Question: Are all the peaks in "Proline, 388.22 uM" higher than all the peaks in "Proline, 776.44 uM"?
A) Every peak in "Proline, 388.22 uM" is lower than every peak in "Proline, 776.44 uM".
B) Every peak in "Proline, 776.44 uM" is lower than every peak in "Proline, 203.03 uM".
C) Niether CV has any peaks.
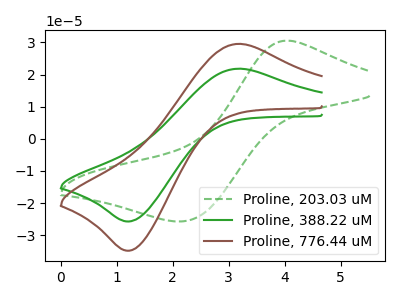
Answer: <think>The green dashed curve "Proline, 203.03 uM" has an anodic peak at (4.05V, 30.55uA) and a cathodic peak at (2.20V, -25.70uA). The green curve "Proline, 388.22 uM" has an anodic peak at (3.15V, 21.80uA) and a cathodic peak at (1.25V, -25.70uA). The brown curve "Proline, 776.44 uM" has an anodic peak at (3.15V, 29.55uA) and a cathodic peak at (1.25V, -34.80uA).</think>
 <answer>A) Every peak in "Proline, 388.22 uM" is lower than every peak in "Proline, 776.44 uM".</answer>
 <eval>A</eval>